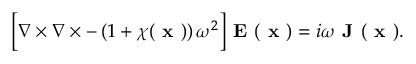
\begin{array} { r } { \Big [ \nabla \times \nabla \times - \left( 1 + \chi ( \textbf { x } ) \right) \omega ^ { 2 } \Big ] \textbf { E } ( \textbf { x } ) = i \omega \textbf { J } ( \textbf { x } ) . } \end{array}